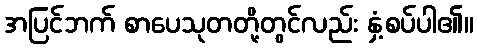
အပြင်ဘက် စာပေသုတတို့တွင်လည်း နှံ့စပ်ပါ၏။